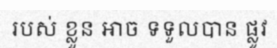
របស់ ខ្លួន អាច ទទួលបាន ផ្លូវ